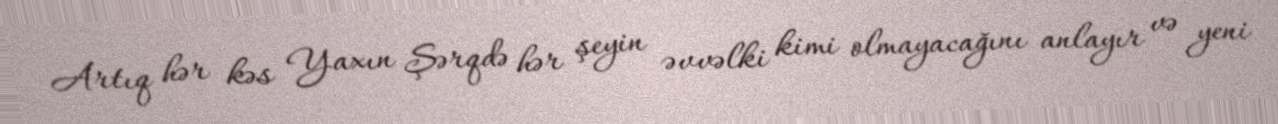
Artıq hər kəs Yaxın Şərqdə hər şeyin əvvəlki kimi olmayacağını anlayır və yeni